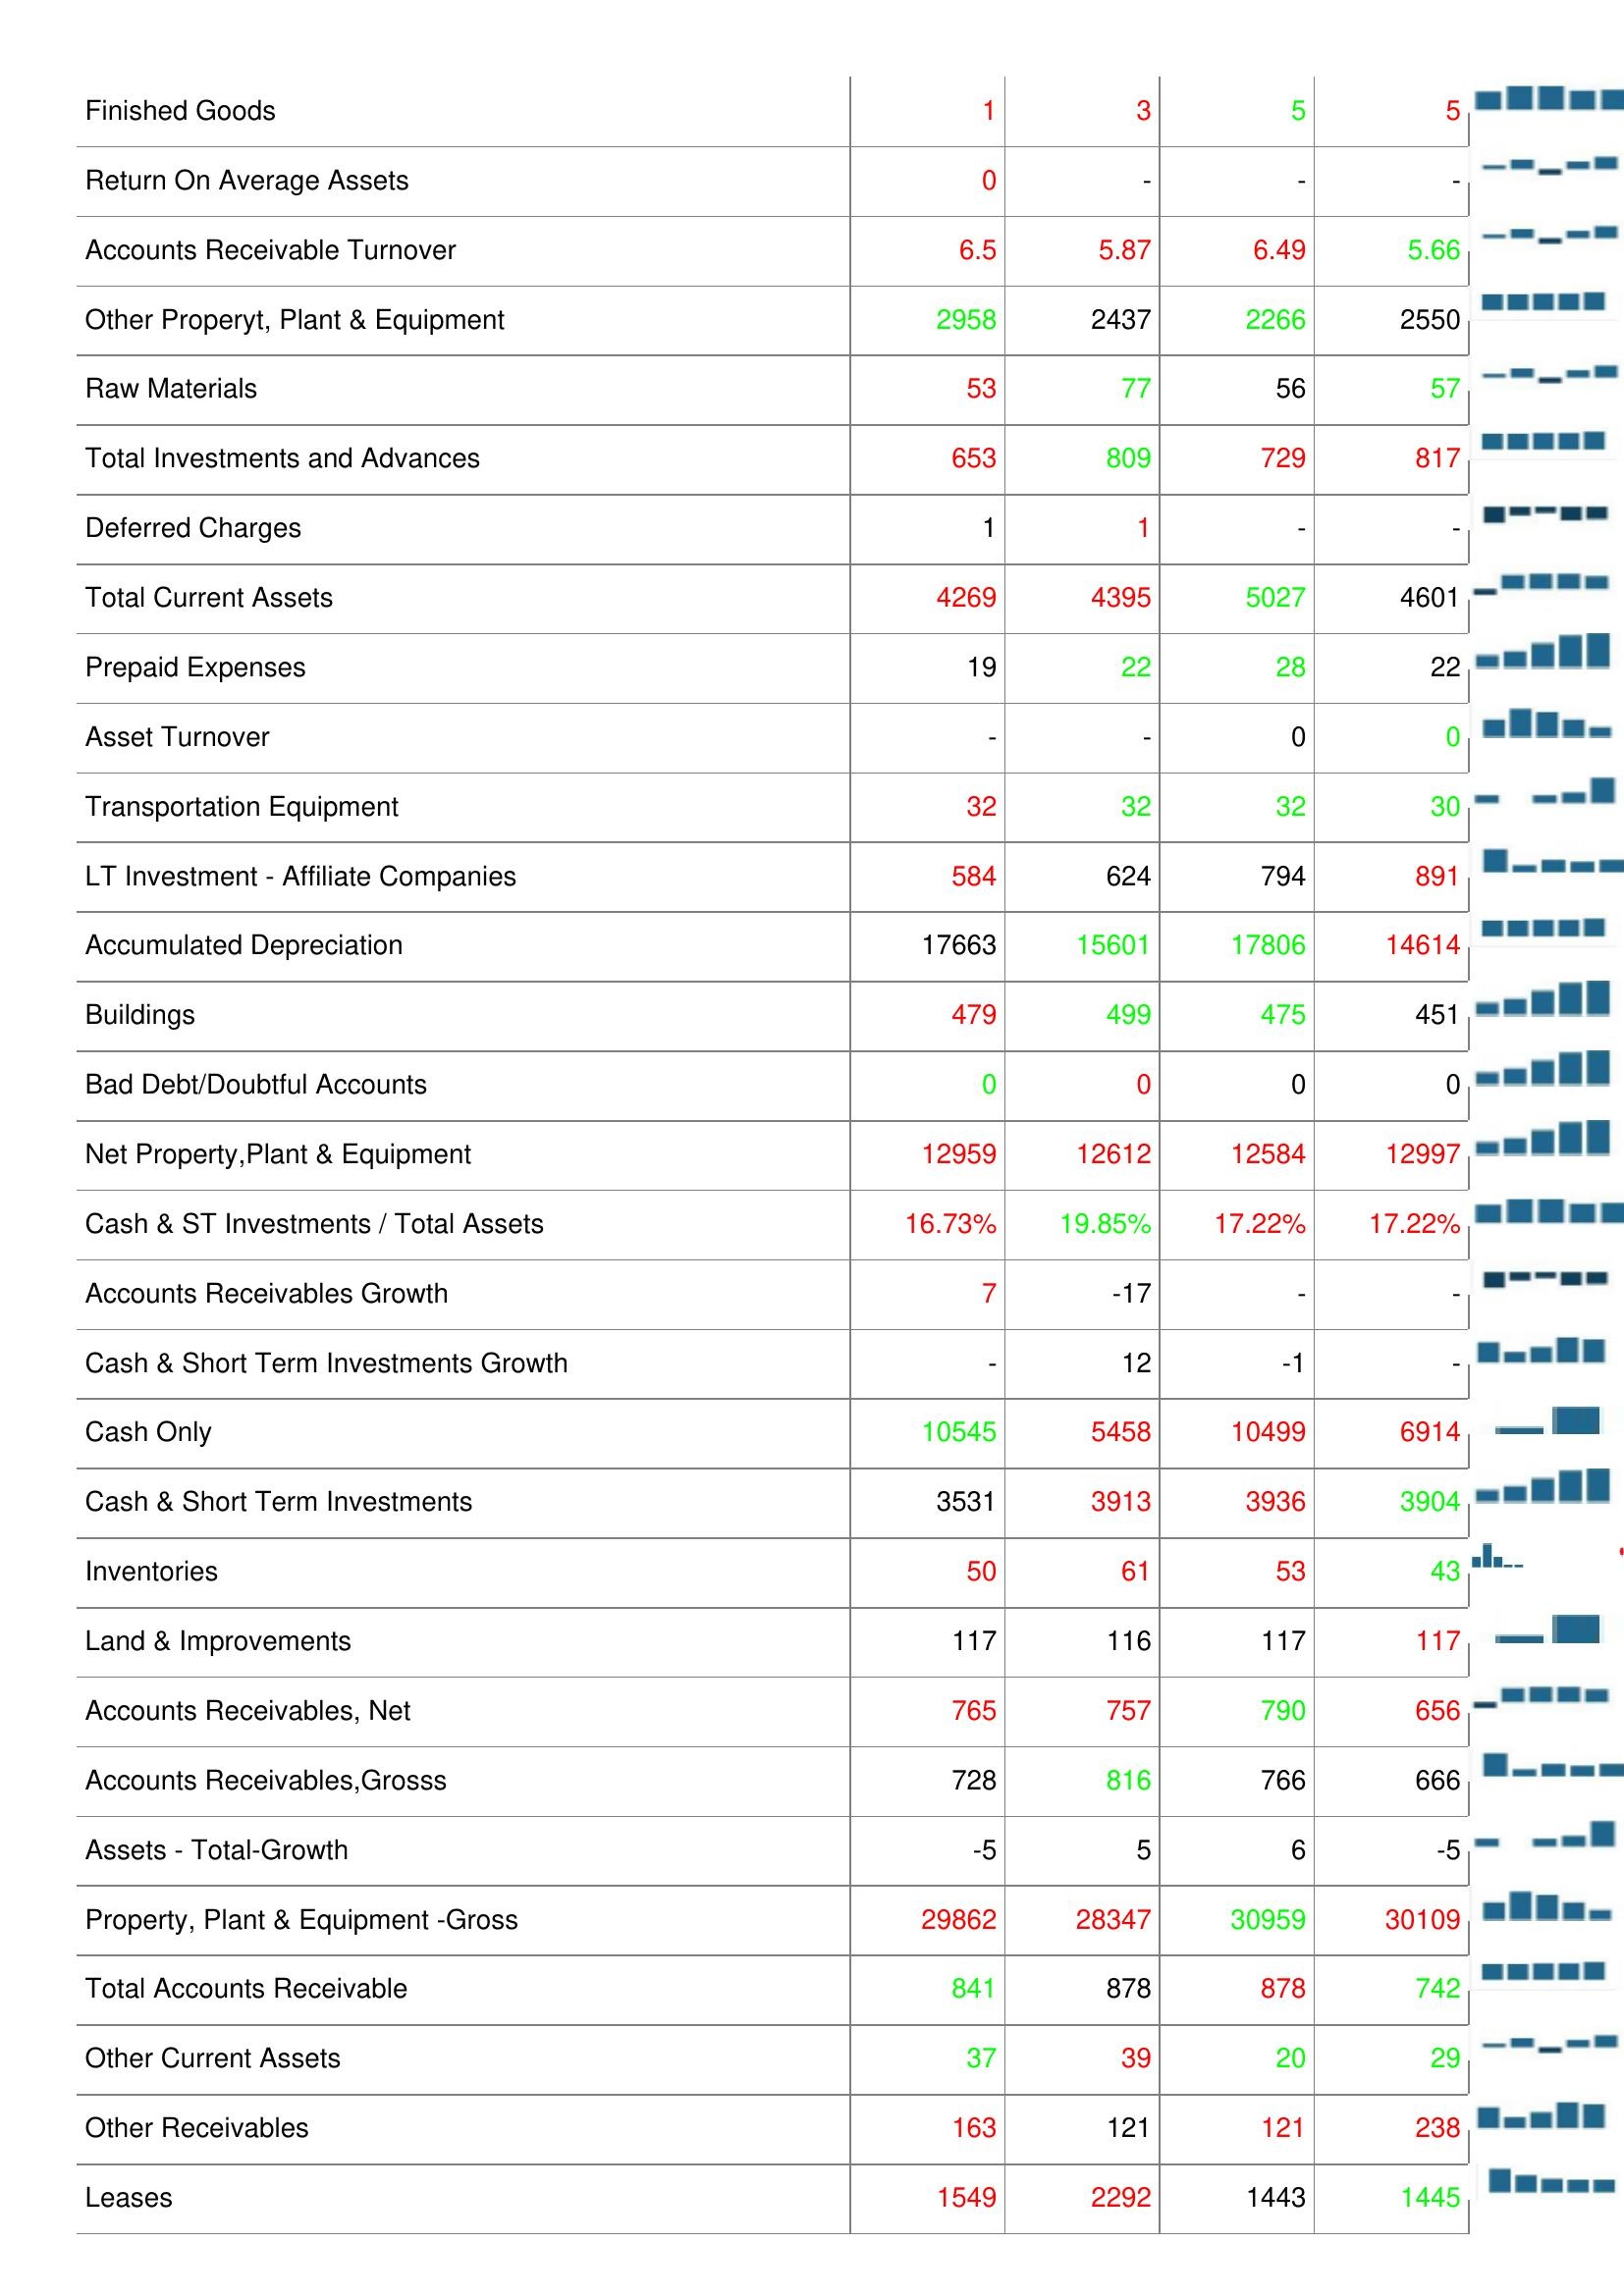
2007: Assets: Other Assets: -
Computer Software and Equipment: 168
Construction in Progress: 750
Machinery & Equipment: 21819
Total Assets: 19818
Long- Term Note Receivable: 144
Finished Goods: 1
Return On Average Assets: 0
Accounts Receivable Turnover: 6.5
Other Properyt, Plant & Equipment: 2958
Raw Materials: 53
Total Investments and Advances: 653
Deferred Charges: 1
Total Current Assets: 4269
Prepaid Expenses: 19
Asset Turnover: -
Transportation Equipment: 32
LT Investment - Affiliate Companies: 584
Accumulated Depreciation: 17663
Buildings: 479
Bad Debt/Doubtful Accounts: 0
Net Property,Plant & Equipment: 12959
Cash & ST Investments / Total Assets: 16.73%
Accounts Receivables Growth: 7
Cash & Short Term Investments Growth: -
Cash Only: 10545
Cash & Short Term Investments: 3531
Inventories: 50
Land & Improvements: 117
Accounts Receivables, Net: 765
Accounts Receivables,Grosss: 728
Assets - Total-Growth: -5
Property, Plant & Equipment -Gross: 29862
Total Accounts Receivable: 841
Other Current Assets: 37
Other Receivables: 163
Leases: 1549
2006: Assets: Other Assets: 2
Computer Software and Equipment: 159
Construction in Progress: 1843
Machinery & Equipment: 23120
Total Assets: 18978
Long- Term Note Receivable: 176
Finished Goods: 3
Return On Average Assets: -
Accounts Receivable Turnover: 5.87
Other Properyt, Plant & Equipment: 2437
Raw Materials: 77
Total Investments and Advances: 809
Deferred Charges: 1
Total Current Assets: 4395
Prepaid Expenses: 22
Asset Turnover: -
Transportation Equipment: 32
LT Investment - Affiliate Companies: 624
Accumulated Depreciation: 15601
Buildings: 499
Bad Debt/Doubtful Accounts: 0
Net Property,Plant & Equipment: 12612
Cash & ST Investments / Total Assets: 19.85%
Accounts Receivables Growth: -17
Cash & Short Term Investments Growth: 12
Cash Only: 5458
Cash & Short Term Investments: 3913
Inventories: 61
Land & Improvements: 116
Accounts Receivables, Net: 757
Accounts Receivables,Grosss: 816
Assets - Total-Growth: 5
Property, Plant & Equipment -Gross: 28347
Total Accounts Receivable: 878
Other Current Assets: 39
Other Receivables: 121
Leases: 2292
2005: Assets: Other Assets: 3
Computer Software and Equipment: 206
Construction in Progress: 1843
Machinery & Equipment: 21853
Total Assets: 18978
Long- Term Note Receivable: 219
Finished Goods: 5
Return On Average Assets: -
Accounts Receivable Turnover: 6.49
Other Properyt, Plant & Equipment: 2266
Raw Materials: 56
Total Investments and Advances: 729
Deferred Charges: -
Total Current Assets: 5027
Prepaid Expenses: 28
Asset Turnover: 0
Transportation Equipment: 32
LT Investment - Affiliate Companies: 794
Accumulated Depreciation: 17806
Buildings: 475
Bad Debt/Doubtful Accounts: 0
Net Property,Plant & Equipment: 12584
Cash & ST Investments / Total Assets: 17.22%
Accounts Receivables Growth: -
Cash & Short Term Investments Growth: -1
Cash Only: 10499
Cash & Short Term Investments: 3936
Inventories: 53
Land & Improvements: 117
Accounts Receivables, Net: 790
Accounts Receivables,Grosss: 766
Assets - Total-Growth: 6
Property, Plant & Equipment -Gross: 30959
Total Accounts Receivable: 878
Other Current Assets: 20
Other Receivables: 121
Leases: 1443
2004: Assets: Other Assets: -
Computer Software and Equipment: 159
Construction in Progress: 1467
Machinery & Equipment: 21853
Total Assets: 18972
Long- Term Note Receivable: 253
Finished Goods: 5
Return On Average Assets: -
Accounts Receivable Turnover: 5.66
Other Properyt, Plant & Equipment: 2550
Raw Materials: 57
Total Investments and Advances: 817
Deferred Charges: -
Total Current Assets: 4601
Prepaid Expenses: 22
Asset Turnover: 0
Transportation Equipment: 30
LT Investment - Affiliate Companies: 891
Accumulated Depreciation: 14614
Buildings: 451
Bad Debt/Doubtful Accounts: 0
Net Property,Plant & Equipment: 12997
Cash & ST Investments / Total Assets: 17.22%
Accounts Receivables Growth: -
Cash & Short Term Investments Growth: -
Cash Only: 6914
Cash & Short Term Investments: 3904
Inventories: 43
Land & Improvements: 117
Accounts Receivables, Net: 656
Accounts Receivables,Grosss: 666
Assets - Total-Growth: -5
Property, Plant & Equipment -Gross: 30109
Total Accounts Receivable: 742
Other Current Assets: 29
Other Receivables: 238
Leases: 1445